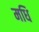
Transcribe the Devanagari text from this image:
मधि